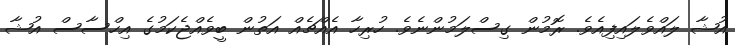
އުޝާ ލައްވެލައިފިއެވެ. ރޮމުން ގިސްލަމުންނެވެ. ހުރިހާ އެއްޗެއް އަތުން ބީވެއްޖެކަމުގެ އިހްސާސް އުޝާ